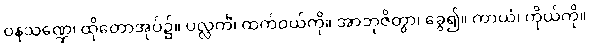
ဝနသဏ္ဍေ၊ ထိုတောအုပ်၌။ ပလ္လင်္ကံ၊ ထက်ဝယ်ကို။ အာဘုဇိတွာ၊ ခွေ၍။ ကာယံ၊ ကိုယ်ကို။